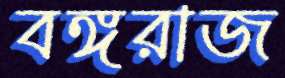
বঙ্গরাজ